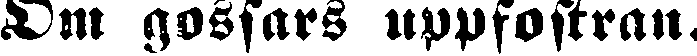
Dm gossars uppfostran.